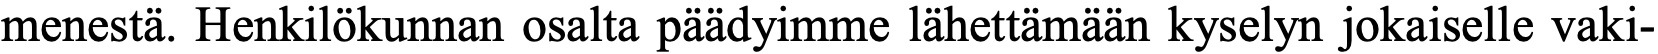
menestä. Henkilökunnan osalta päädyimme lähettämään kyselyn jokaiselle vaki-